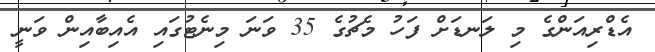
އެޑްރިއަންގެ މި ލަނޑަށް ފަހު މެޗުގެ 35 ވަނަ މިނެޓުގައި އެއިބާއިން ވަނީ